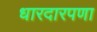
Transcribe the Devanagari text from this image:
धारदारपणा